Report of the Indian Hemp Drugs Commission, 1894-1895 - Volume V
Year: 1894
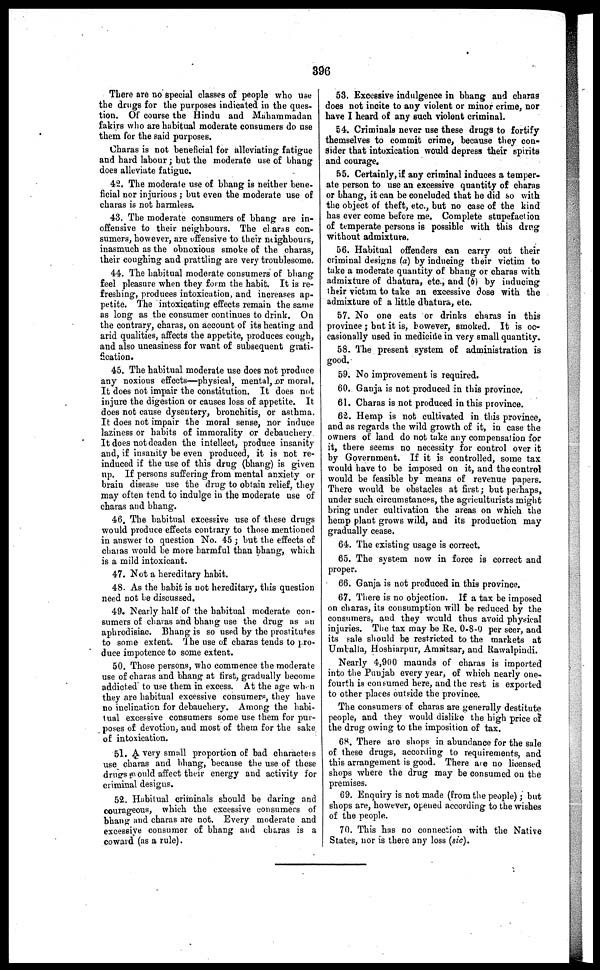
396
There are no special classes of people who use
the drugs for the purposes indicated in the ques-
tion. Of cour6e the Hindu and Mahammadan
fakirs who are habitual moderate consumers do use
them for the said purposes.
Charas is not beneficial for alleviating fatigue
and hard labour; but the moderate use of bhang
does alleviate fatigue.
42. The moderate use of bhang is neither bene-
ficial nor injurious; but even the moderate use of
charas is not harmless.
43. The moderate consumers of bhang are in-
offensive to their neighbours. The claras con-
sumers, however, are offensive to their neighbours,
inasmuch as the obnoxious smoke of the charas,
their coughing and prattling are very troublesome.
44. The habitual moderate consumers of bhang
feel pleasure when they form the habit. It is re-
freshing, produces intoxication, and increases ap-
petite. The intoxicating effects remain the same
as long as the consumer continues to drink. On
the contrary, charas, on account of its heating and
arid qualities, affects the appetite, produces cough,
and also uneasiness for want of subsequent grati-
fication.
45. The habitual moderate use does not produce
any noxious effects—physical, mental, or moral.
It does not impair the constitution. It does not
injure the digestion or causes loss of appetite. It-
does not cause dysentery, bronchitis, or asthma.
It does not impair the moral sense, nor induce
laziness or habits of immorality or debauchery
It does not deaden the intellect, produce insanity
and, if insanity be even produced, it is not re-
induced if the use of this drug (bhang) is given
up. If persons suffering from mental anxiety or
brain disease use the drug to obtain relief, they
may often tend to indulge in the moderate use of
charas and bhang.
46. The habitual excessive use of these drugs
would produce effects contrary to those mentioned
in answer to question No. 45; but the effects of
charas would be more harmful than bhang, which
is a mild intoxicant.
47. Not a hereditary habit.
48. As the habit is not hereditary, this question
need not be discussed.
49. Nearly half of the habitual moderate con-
sumers of charas and bhang use the drug as an
aphrodisiac. Bhang is so used by the prostitutes
to some extent. The use of charas tends to pro-
duce impotence to some extent.
50. Those persons, who commence the moderate
use of charas and bhang at first, gradually become
addicted to use them in excess. At the age when
they are habitual excessive consumers, they have
no inclination for debauchery. Among the habi-
tual excessive consumers some use them for pur-
poses of devotion, and most of them for the sake
of intoxication.
51. A very small proportion of bad characters
use charas and bhang, because the use of these
drugs would affect their energy and activity for
criminal designs.
52. Habitual criminals should be daring and
courageous, which the excessive consumers of
bhang and charas are not. Every moderate and
excessive consumer of bhang and charas is a
coward (as a rule).
53. Excessive indulgence in bhang and charas
does not incite to any violent or minor crime, nor
have I heard of any such violent criminal.
54. Criminals never use these drugs to fortify
themselves to commit crime, because they con-
sider that intoxication would depress their spirits
and courage.
55. Certainly, if any criminal induces a temper-
ate person to use an excessive quantity of charas
or bhang, it can be concluded that he did so with
the object of theft, etc., but no case of the kind
has ever come before me. Complete stupefaction
of temperate persons is possible with this drug
without admixture.
56. Habitual offenders can carry out their
criminal designs (a) by inducing their victim to
take a moderate quantity of bhang or charas with
admixture of dhatura, etc., and (b) by inducing
their victim to take an excessive dose with the
admixture of a little dhatura, etc.
57. No one eats or drinks charas in this
province; but it is, however, smoked. It is oc-
casionally used in medicine in very small quantity.
58. The present system of administration is
good.
59. No improvement is required.
60. Ganja is not produced in this province.
61. Charas is not produced in this province.
62. Hemp is not cultivated in this province,
and as regards the wild growth of it, in case the
owners of land do not take any compensation for
it, there seems no necessity for control over it
by Government. If it is controlled, some tax
would have to be imposed on it, and the control
would be feasible by means of revenue papers.
There would be obstacles at first; but perhaps,
under such circumstances, the agriculturists might
bring under cultivation the areas on which the
hemp plant grows wild, and its production may
gradually cease.
64. The existing usage is correct.
65. The system now in force is correct and
proper.
66. Ganja is not produced in this province.
67. There is no objection. If a tax be imposed
on charas, its consumption will be reduced by the
consumers, and they would thus avoid physical
injuries. The tax may be Re. 0-8-0 per seer, and
its sale should be restricted to the markets at
Umballa, Hoshiarpur, Amnitsar, and Rawalpindi.
Nearly 4,900 maunds of charas is imported
into the Punjab every year, of which nearly one-
fourth is consumed here, and the rest is exported
to other places outside the province.
The consumers of charas are generally destitute
people, and they would dislike the high price of
the drug owing to the imposition of tax.
68. There are shops in abundance for the sale
of these drugs, according to requirements, and
this arrangement is good. There are no licensed
shops where the drug may be consumed on the
premises.
69. Enquiry is not made (from the people); but
shops are, however, opened according to the wishes
of the people.
70. This has no connection with the Native
States, nor is there any loss (sic).